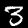
Digit: 3